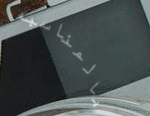
بالمناسبه